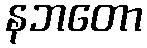
နဘတော